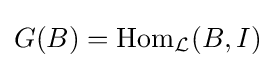
G(B)=\operatorname {Hom} _{\mathcal {L}}(B,I)